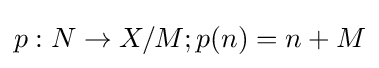
p:N\to X/M;p(n)=n+M